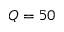
Q = 5 0